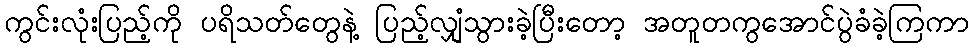
ကွင်းလုံးပြည့်ကို ပရိသတ်တွေနဲ့ ပြည့်လျှံသွားခဲ့ပြီးတော့ အတူတကွအောင်ပွဲခံခဲ့ကြကာ